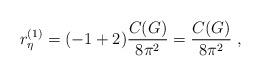
LaTeX: \begin{align*}r^ {(1)}_\eta = (-1 + 2)\frac {C(G)} {8 \pi^2} =\frac {C(G)} {8 \pi^2} \ ,\end{align*}